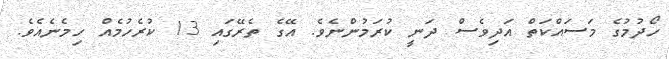
ހޯދުމުގެ މަސައްކަތް އަދިވެސް ދަނީ ކުރަމުންނެވެ. އޭގެ ތެރޭގައި 13 ކުރެހުމެއް ހިމެނެއެވެ.